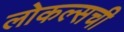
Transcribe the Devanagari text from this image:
लोकल्सची